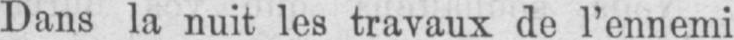
Dans la nuit les travaux de l’ennemi